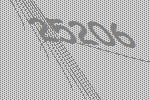
25206